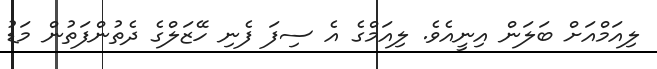
ލިއަމްއަށް ބަލަން އިނީއެވެ. ލިއަމްގެ އެ ސިފަ ފެނި ހޭޒަލްގެ ދެތުންފަތުން މަޑު